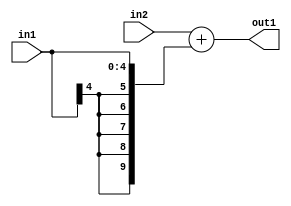
`timescale 1ps / 1ps
/*****************************************************************************
    Verilog RTL Description
    
    
    Created by: Stratus DpOpt 2019.1.01 
*******************************************************************************/

module DC_Filter_Add_8Ux5S_10S_1 (
	in2,
	in1,
	out1
	); /* architecture "behavioural" */ 
input [7:0] in2;
input [4:0] in1;
output [9:0] out1;
wire [9:0] asc001;

assign asc001 = 
	+(in2)
	+({{5{in1[4]}}, in1});

assign out1 = asc001;
endmodule

/* CADENCE  ubH3Qw4= : u9/ySgnWtBlWxVPRXgAZ4Og= ** DO NOT EDIT THIS LINE ******/